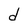
Character: d